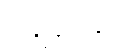
အနုဒ္ဓံသေန္တီတိ